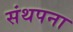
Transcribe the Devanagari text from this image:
संथपना